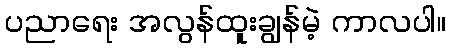
ပညာရေး အလွန်ထူးချွန်မဲ့ ကာလပါ။